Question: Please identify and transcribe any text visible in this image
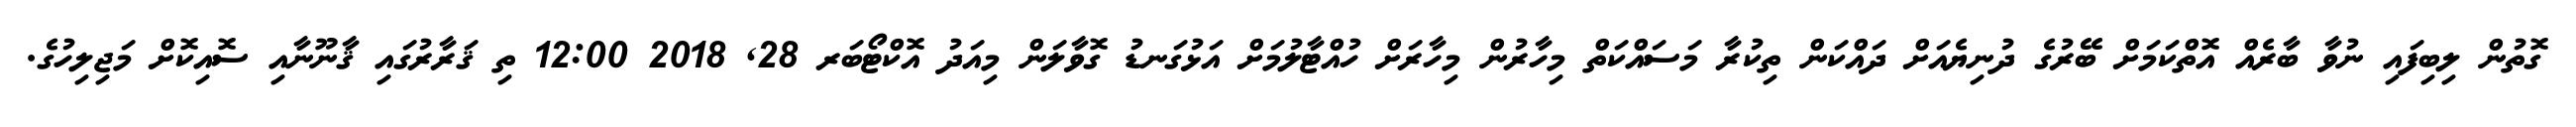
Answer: ގޮތުން ލިބިފައި ނުވާ ބާރެއް އޮތްކަމަށް ބޭރުގެ ދުނިޔެއަށް ދައްކަން ތިކުރާ މަސައްކަތް މިހާރުން މިހާރަށް ހުއްޓާލުމަށް އަޅުގަނޑު ގޮވާލަން މިއަދު އޮކްޓޯބަރ 28, 2018 12:00 ތި ޤަރާރުގައި ޤާނޫނާއި ސޮއިކޮށް މަޖިލިހުގެ.